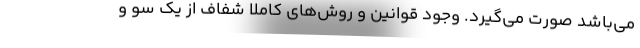
می‌باشد صورت می‌گیرد. وجود قوانین و روش‌های کاملا شفاف از یک سو و